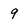
Character: 9